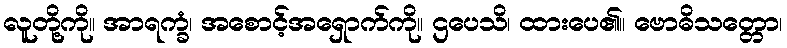
လူတို့ကို။ အာရက္ခံ၊ အစောင့်အရှောက်ကို။ ဌပေသိ၊ ထားပေ၏။ ဗောဓိသတ္တော၊